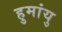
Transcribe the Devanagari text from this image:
हुमांयु